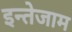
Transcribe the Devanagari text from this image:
इन्तेजाम